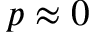
p \approx 0